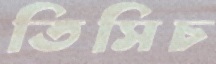
তিসিচ